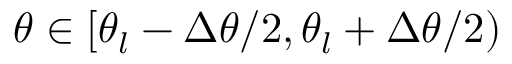
\theta \in [ \theta _ { l } - \Delta \theta / 2 , \theta _ { l } + \Delta \theta / 2 )